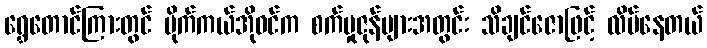
ရွှေတောင်ကြားတွင် မိုက်ကယ်အိုဝင်က စက်မှုဇုန်များအတွင်း သိချင်ဇောဖြင့် လိမ်နေတယ်